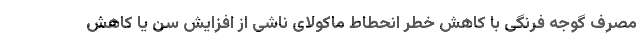
مصرف گوجه فرنگی با کاهش خطر انحطاط ماکولای ناشی از افزایش سن یا کاهش